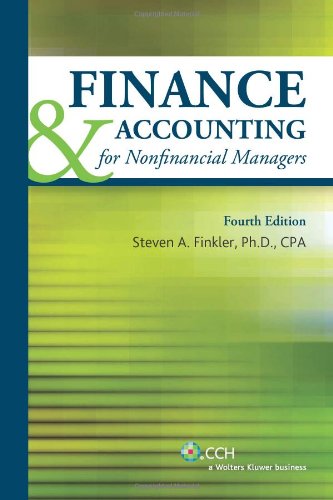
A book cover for Finance & Accounting for Nonfinancial Managers (2011); Steven A. Finkler; Business & Money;